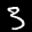
Label: 3